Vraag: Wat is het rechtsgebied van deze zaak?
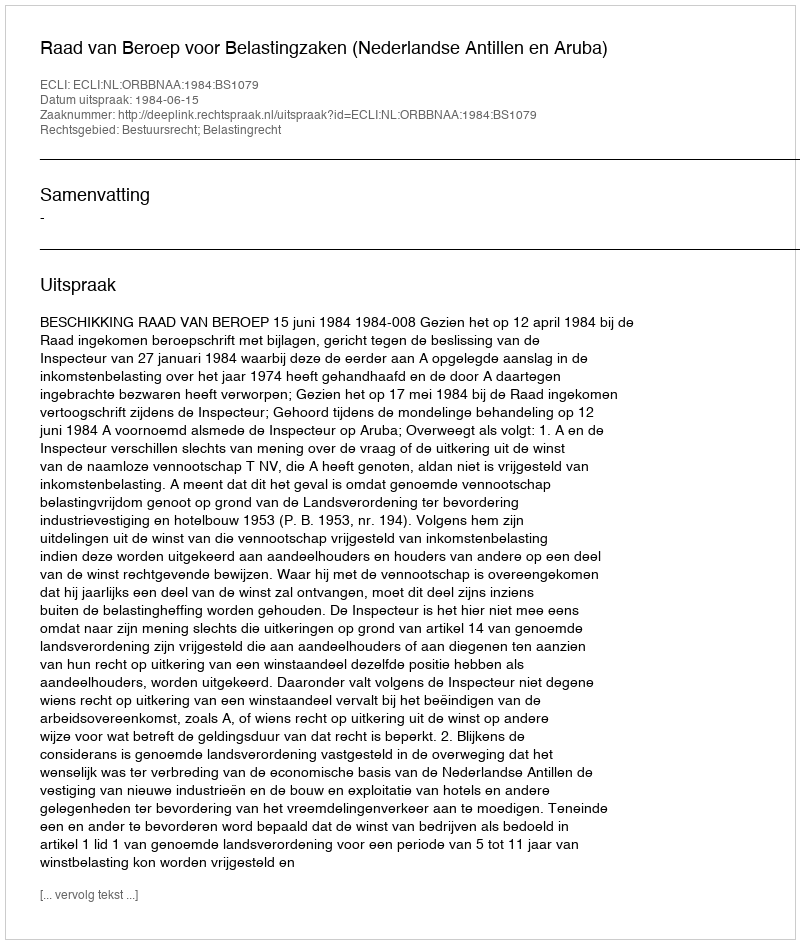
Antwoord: Bestuursrecht; Belastingrecht